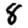
Digit: 8